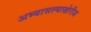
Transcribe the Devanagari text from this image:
अभ्यासल्याखेरीज